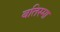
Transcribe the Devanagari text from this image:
बतिस्मा